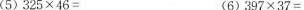
(5)$$3 2 5 \times 4 6 =$$ (6)$$3 9 7 \times 3 7 =$$